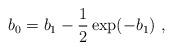
LaTeX: \begin{align*}b_0 = b_1 - \frac{1}{2}\exp(-b_1) ~,\end{align*}